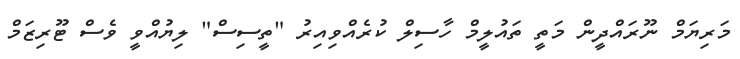
މަރިޔަމް ނޫރައްދީން މަތީ ތައުލީމް ހާސިލް ކުރެއްވިއިރު "ތީސިސް" ލިޔުއްވީ ވެސް ޓޫރިޒަމް